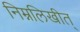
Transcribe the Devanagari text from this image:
निम्नलिखीत्